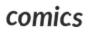
comics